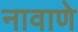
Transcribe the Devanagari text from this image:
नावाणे